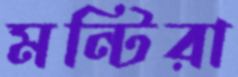
মন্টিরা